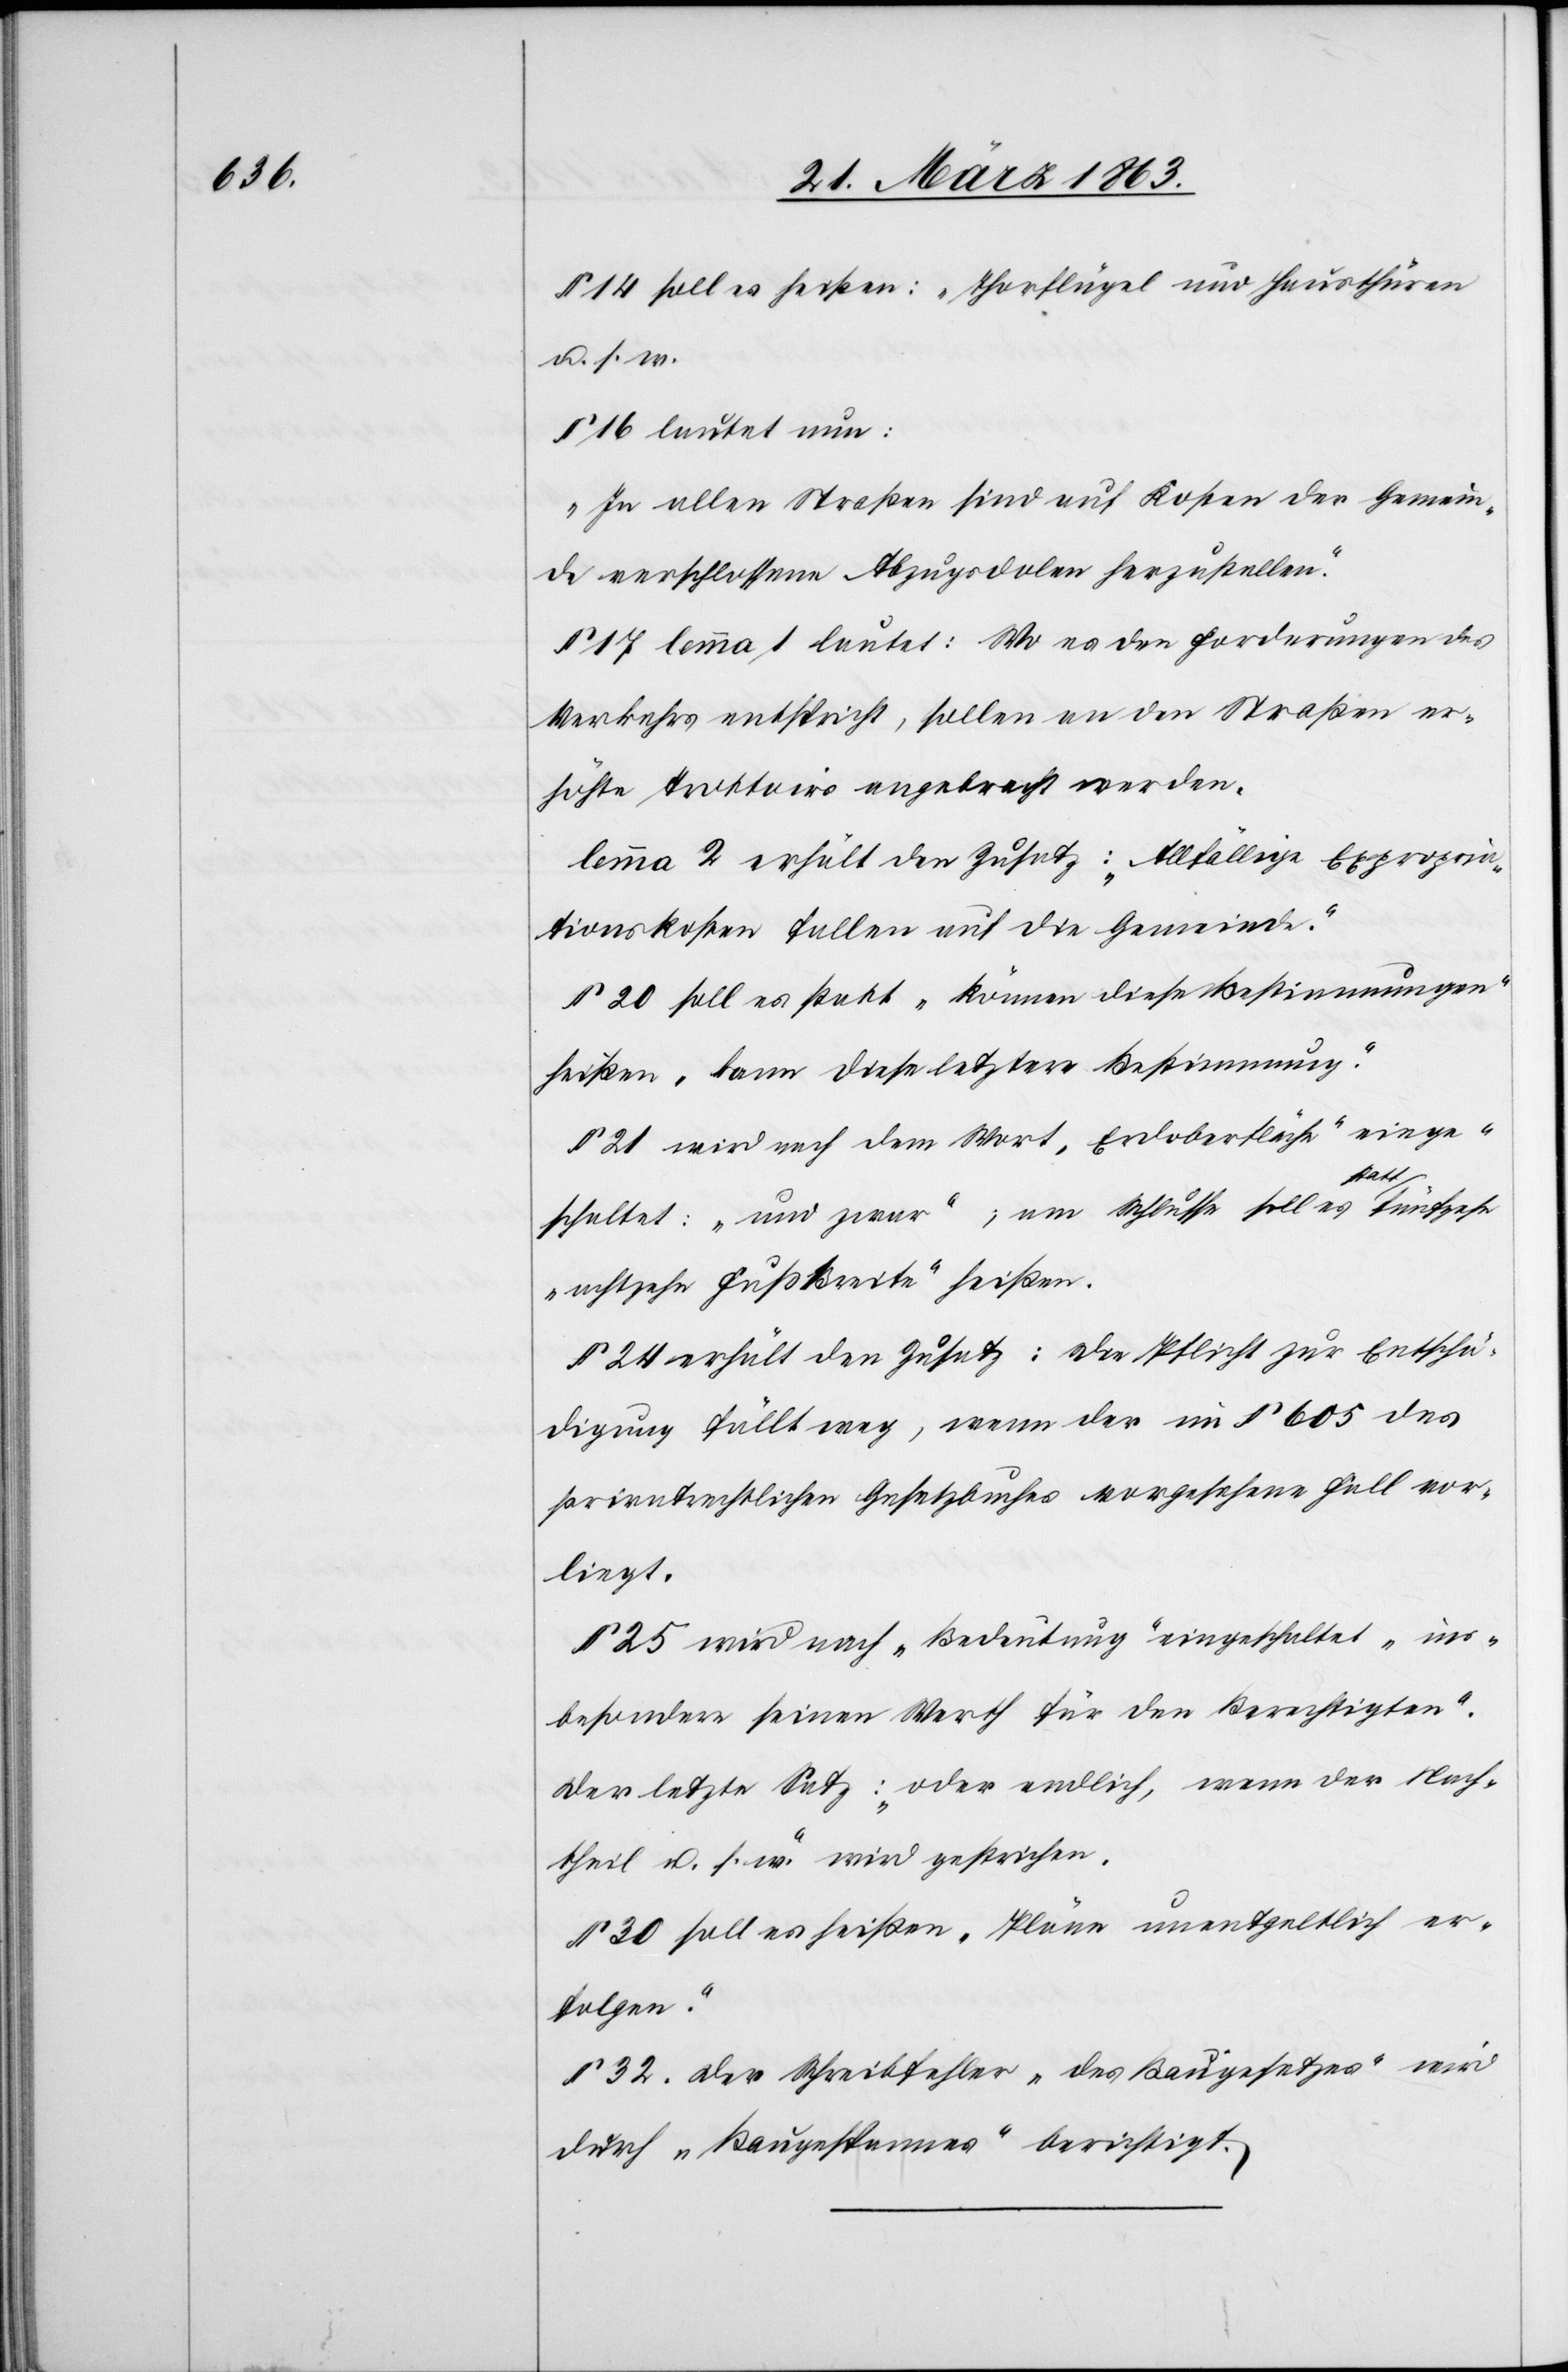
§ 14 soll es heißen: „Thorflügel und Hausthüren
u. s. w.“
§ 16 lautet nun:
„In allen Straßen sind auf Kosten der Gemein¬
de verschlossene Abzugsdolen herzustellen.“
§ 17 lemma 1 lautet: Wo es den Forderungen des
Verkehrs entspricht, sollen an den Straßen er¬
höhte Trottoirs angebracht werden.
lemma 2 erhält den Zusatz: „Allfällige Expropria¬
tionskosten fallen auf die Gemeinde.“
§ 20 soll es statt „können diese Bestimmungen“
heißen „kann diese letztere Bestimmung“.
§ 21 wird nach dem Wort „Erdoberfläche“ einge¬
schaltet: „und zwar“; am Schlusse soll es statt
„achtzehn Fuß Breite“ heißen.
§ 24 erhält den Zusatz: Die Pflicht zur Entschä¬
digung fällt weg, wenn der im § 605 des
privatrechtlichen Gesetzbuches vorgesehene Fall vor¬
liegt.
§ 25 wird nach „Bedeutung“ eingeschaltet „ins¬
besondere seinen Werth für den Berechtigten“.
Der letzte Satz : „oder endlich, wenn der Nach¬
theil u. s. w.“ wird gestrichen.
§ 30 soll es heißen „Pläne unentgeltlich er¬
folgen“.
§ 32. Der Schreibfehler „des Baugesetzes“ wird
durch „Baugespannes“ berichtigt.